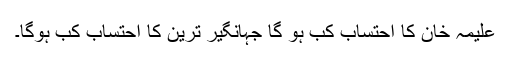
علیمہ خان کا احتساب کب ہو گا جہانگیر ترین کا احتساب کب ہوگا۔